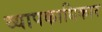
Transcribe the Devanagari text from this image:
व्यापकाधिकार